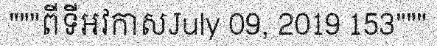
"""ពីទីអវកាសJuly 09, 2019 153"""